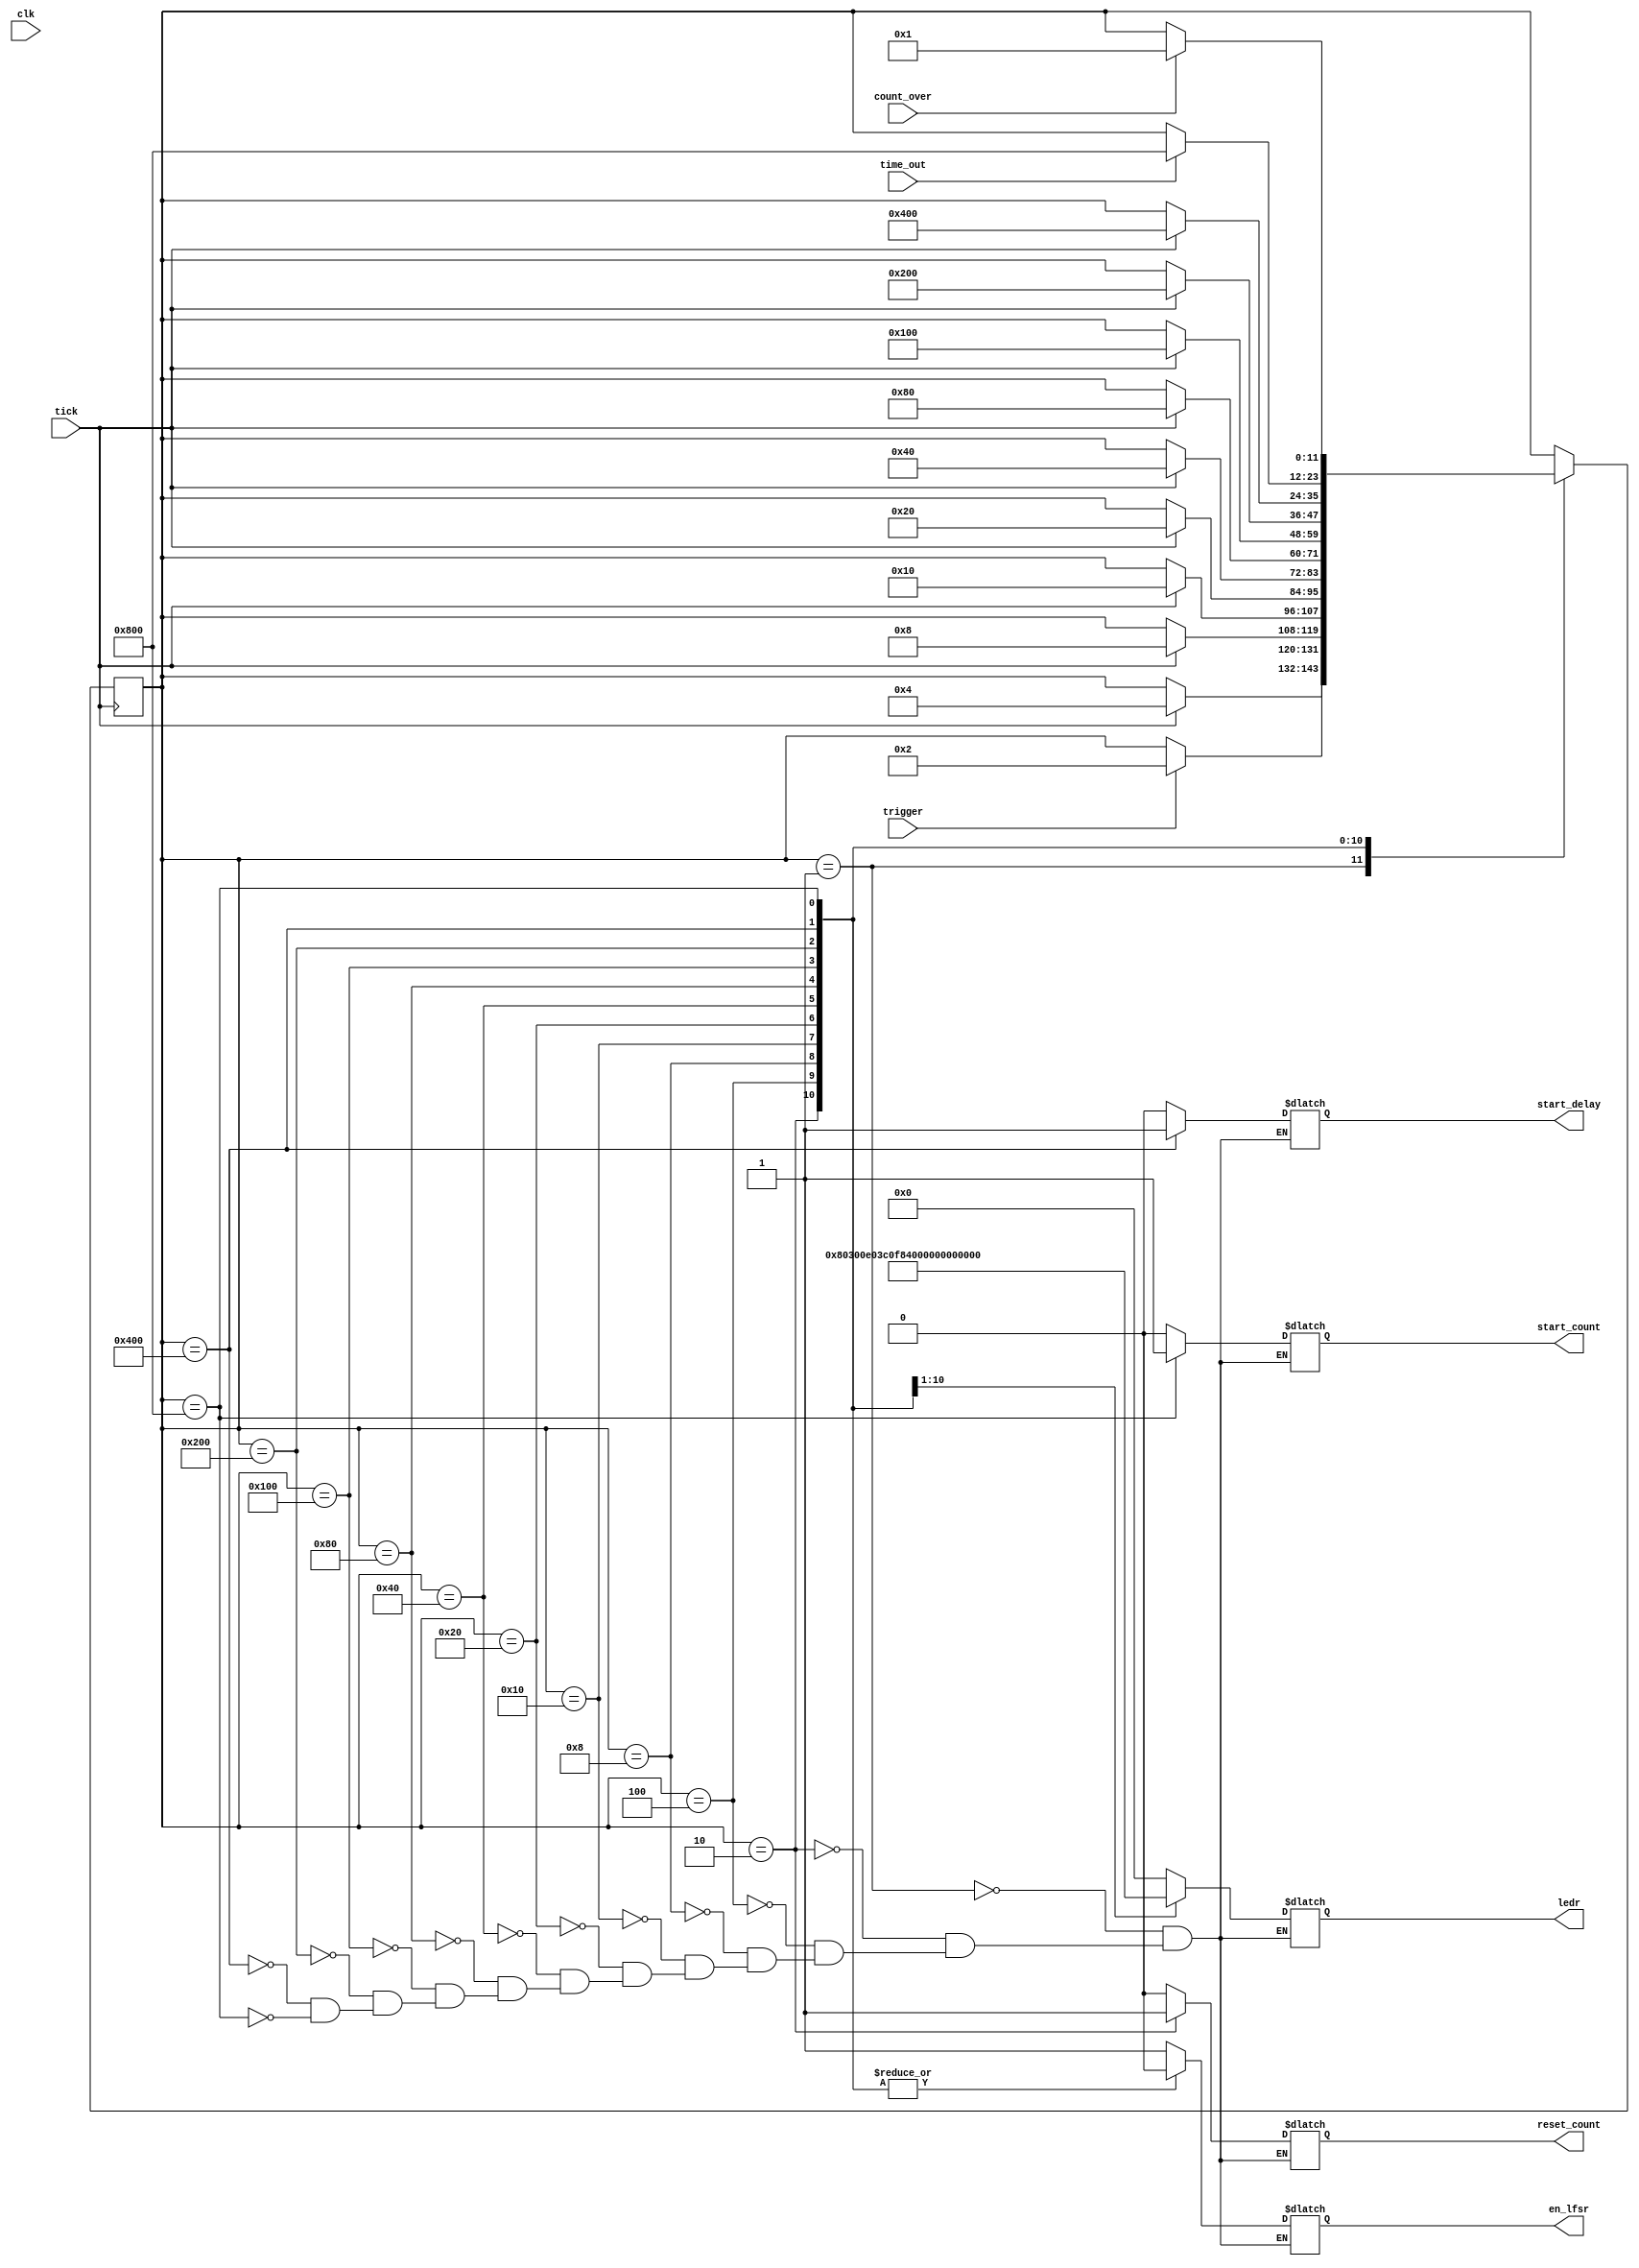
module fsm_reaction(
	clk,
	tick,
	trigger,
	time_out,
	count_over,
	en_lfsr,
	start_delay,
	start_count,
	reset_count,
	ledr
);

	input clk, tick, trigger,time_out;
	output en_lfsr, start_delay;
	output [9:0] ledr;
	
	
	input count_over;
	output reg start_count;
	output reg reset_count;
	
	
	reg [9:0] ledr;
	reg en_lfsr, start_delay;

	//Defining each of our states using one-hot encoding
	parameter IDLE = 12'b0000000000001;
	parameter LIGHT0 = 12'b000000000010;
	parameter LIGHT1 = 12'b000000000100;
	parameter LIGHT2 = 12'b000000001000;
	parameter LIGHT3 = 12'b000000010000;
	parameter LIGHT4 = 12'b000000100000;
	parameter LIGHT5 = 12'b000001000000;
	parameter LIGHT6 = 12'b000010000000;
	parameter LIGHT7 = 12'b000100000000;
	parameter LIGHT8 = 12'b001000000000;
	parameter LIGHT9 = 12'b010000000000;
	parameter REACTION = 12'b100000000000;


	//setting up initial state for switch case
	reg [11:0] state;
	initial state = IDLE;	
	initial en_lfsr = 1'b0;
	initial start_delay = 1'b0;
	initial start_count = 1'b0;
	initial reset_count = 1'b0;
	
	//transitions
	always @ (posedge tick)
	begin
				case(state)
					IDLE: if(trigger == 1'b1) state<= LIGHT0;
					LIGHT0: if(tick == 1'b1) state <= LIGHT1;
					LIGHT1: if(tick == 1'b1) state <= LIGHT2;
					LIGHT2: if(tick == 1'b1) state <= LIGHT3;
					LIGHT3: if(tick == 1'b1) state <= LIGHT4;
					LIGHT4: if(tick == 1'b1) state <= LIGHT5;
					LIGHT5: if(tick == 1'b1) state <= LIGHT6;
					LIGHT6: if(tick == 1'b1) state <= LIGHT7;
					LIGHT7: if(tick == 1'b1) state <= LIGHT8;
					LIGHT8: if(tick == 1'b1) state <= LIGHT9;
					LIGHT9: if(time_out == 1'b1) state <= REACTION;
					REACTION: if(count_over == 1'b1) state <= IDLE;
					default: ;
				endcase
	end
	
	//Output for each state
	always @ (*)
	begin
				case(state)
					IDLE: begin //no lights
									ledr <= 10'b0000000000;
									en_lfsr <= 1'b1; //request random number
									start_delay <= 1'b0;
									start_count  <= 1'b0;
									reset_count <= 1'b0;
									end
					LIGHT0: begin //start lights
									ledr <= 10'b1000000000; //LED9
									en_lfsr <= 1'b0;
									start_delay <= 1'b0;
									start_count  <= 1'b0;
									reset_count <= 1'b1;
									end
					LIGHT1: begin 
									ledr <= 10'b1100000000; //LED9-8
									en_lfsr <= 1'b0;
									start_delay <= 1'b0;
									start_count  <= 1'b0;
									reset_count <= 1'b0;
									end
					LIGHT2: begin 
									ledr <= 10'b1110000000; //LED9-7
									en_lfsr <= 1'b0;
									start_delay <= 1'b0;
									start_count  <= 1'b0;
									reset_count <= 1'b0;
									end
					LIGHT3: begin
									ledr <= 10'b1111000000; //LED9-6
									en_lfsr <= 1'b0;
									start_delay <= 1'b0;
									start_count  <= 1'b0;
									reset_count <= 1'b0;
									end
					LIGHT4: begin 
									ledr <= 10'b1111100000; //LED9-5
									en_lfsr <= 1'b0;
									start_delay <= 1'b0;
									start_count  <= 1'b0;
									reset_count <= 1'b0;
									end
					LIGHT5: begin 
									ledr <= 10'b1111110000; //LED9-4
									en_lfsr <= 1'b0;
									start_delay <= 1'b0;
									start_count  <= 1'b0;
									reset_count <= 1'b0;
									end
					LIGHT6: begin
									ledr <= 10'b1111111000; //LED9-3
									en_lfsr <= 1'b0;
									start_delay <= 1'b0;
									start_count  <= 1'b0;
									reset_count <= 1'b0;
									end
					LIGHT7: begin
									ledr <= 10'b1111111100; //LED9-2
									en_lfsr <= 1'b0;
									start_delay <= 1'b0;
									start_count  <= 1'b0;
									reset_count <= 1'b0;
									end
					LIGHT8: begin
									ledr <= 10'b1111111110; //LED9-1
									en_lfsr <= 1'b0;
									start_delay <= 1'b0;
									start_count  <= 1'b0;
									reset_count <= 1'b0;
									end
					LIGHT9: begin 
									ledr <= 10'b1111111111; //LED9-0
									en_lfsr <= 1'b0;
									start_delay <= 1'b1;
									start_count  <= 1'b0;
									reset_count <= 1'b0;
									end
					REACTION: begin 
									ledr <= 10'b0000000000; //LED OFF
									en_lfsr <= 1'b0;
									start_delay <= 1'b0;
									start_count  <= 1'b1;
									reset_count <= 1'b0;
									end								

					default: ;
				endcase
	end
										
	
endmodule